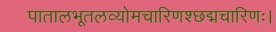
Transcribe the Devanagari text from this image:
पातालभूतलव्योमचारिणश्छद्मचारिणः।